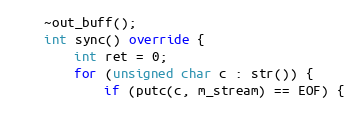
Language: C++
    ~out_buff();
    int sync() override {
        int ret = 0;
        for (unsigned char c : str()) {
            if (putc(c, m_stream) == EOF) {